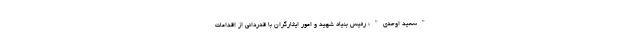
"سعید اوحدی"؛ رئیس بنیاد شهید و امور ایثارگران با قدردانی از اقدامات